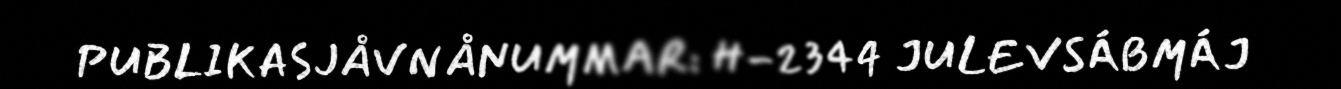
PUBLIKASJÅVNÅNUMMAR: H-2344 JULEVSÁBMÁJ